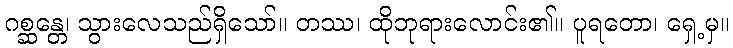
ဂစ္ဆန္တေ၊ သွားလေသည်ရှိသော်။ တဿ၊ ထိုဘုရားလောင်း၏။ ပူရတော၊ ရှေ့မှ။